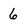
Character: 6